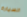
السيارة